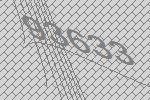
93633